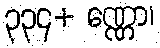
၃၃၄+ ဏ္ဏော၊